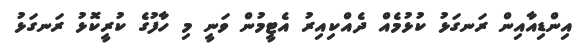
އިންޑިއާއިން ރަނގަޅު ކުޅުމެއް ދެއްކިއިރު އެޓީމުން ވަނީ މި ހާފުގެ ކުރީކޮޅު ރަނގަޅު